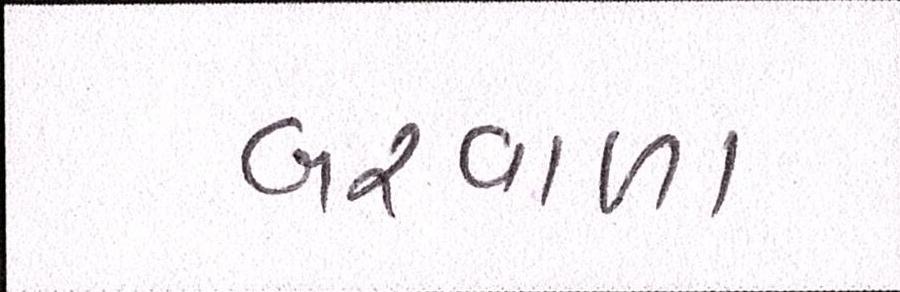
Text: બરવાળા